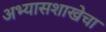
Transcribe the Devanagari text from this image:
अभ्यासशाखेचा